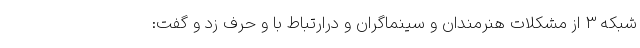
شبکه 3 از مشکلات هنرمندان و سینماگران و درارتباط با و حرف زد و گفت: